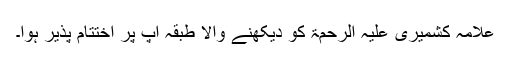
علامہ کشمیری علیہ الرحمۃ کو دیکھنے والا طبقہ آپ پر اختتام پذیر ہوا۔